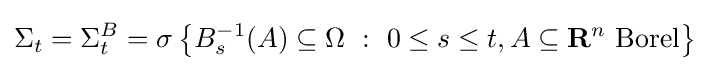
\Sigma _{t}=\Sigma _{t}^{B}=\sigma \left\{B_{s}^{-1}(A)\subseteq \Omega \ :\ 0\leq s\leq t,A\subseteq \mathbf {R} ^{n}{\mbox{ Borel}}\right\}